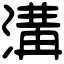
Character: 溝